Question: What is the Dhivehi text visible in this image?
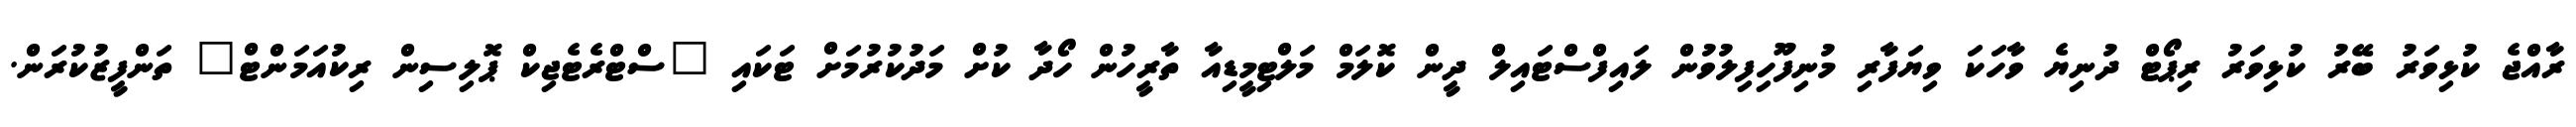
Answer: ރާއްޖެ ކުޅިވަރު ބޭރު ކުޅިވަރު ރިޕޯޓް ދުނިޔެ ވާހަކަ ވިޔަފާރި މުނިފޫހިފިލުވުން ލައިފްސްޓައިލް ދީން ކޮލަމް މަލްޓިމީޑިއާ ތާރީހުން ހޯދާ ކުށް މަދުކުރުމަށް ޓަކައި "ސްޓްރެޓެޖިކް ޕޮލިސިން ރިކުއަމަންޓް" ތަންފީޒުކުރަން.